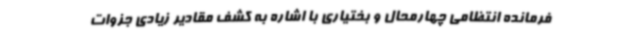
فرمانده انتظامی چهارمحال و بختیاری با اشاره به کشف مقادیر زیادی جزوات